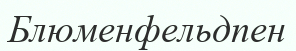
Блюменфельдпен